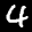
Label: 4